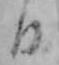
日